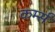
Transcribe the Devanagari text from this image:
कर्म्स